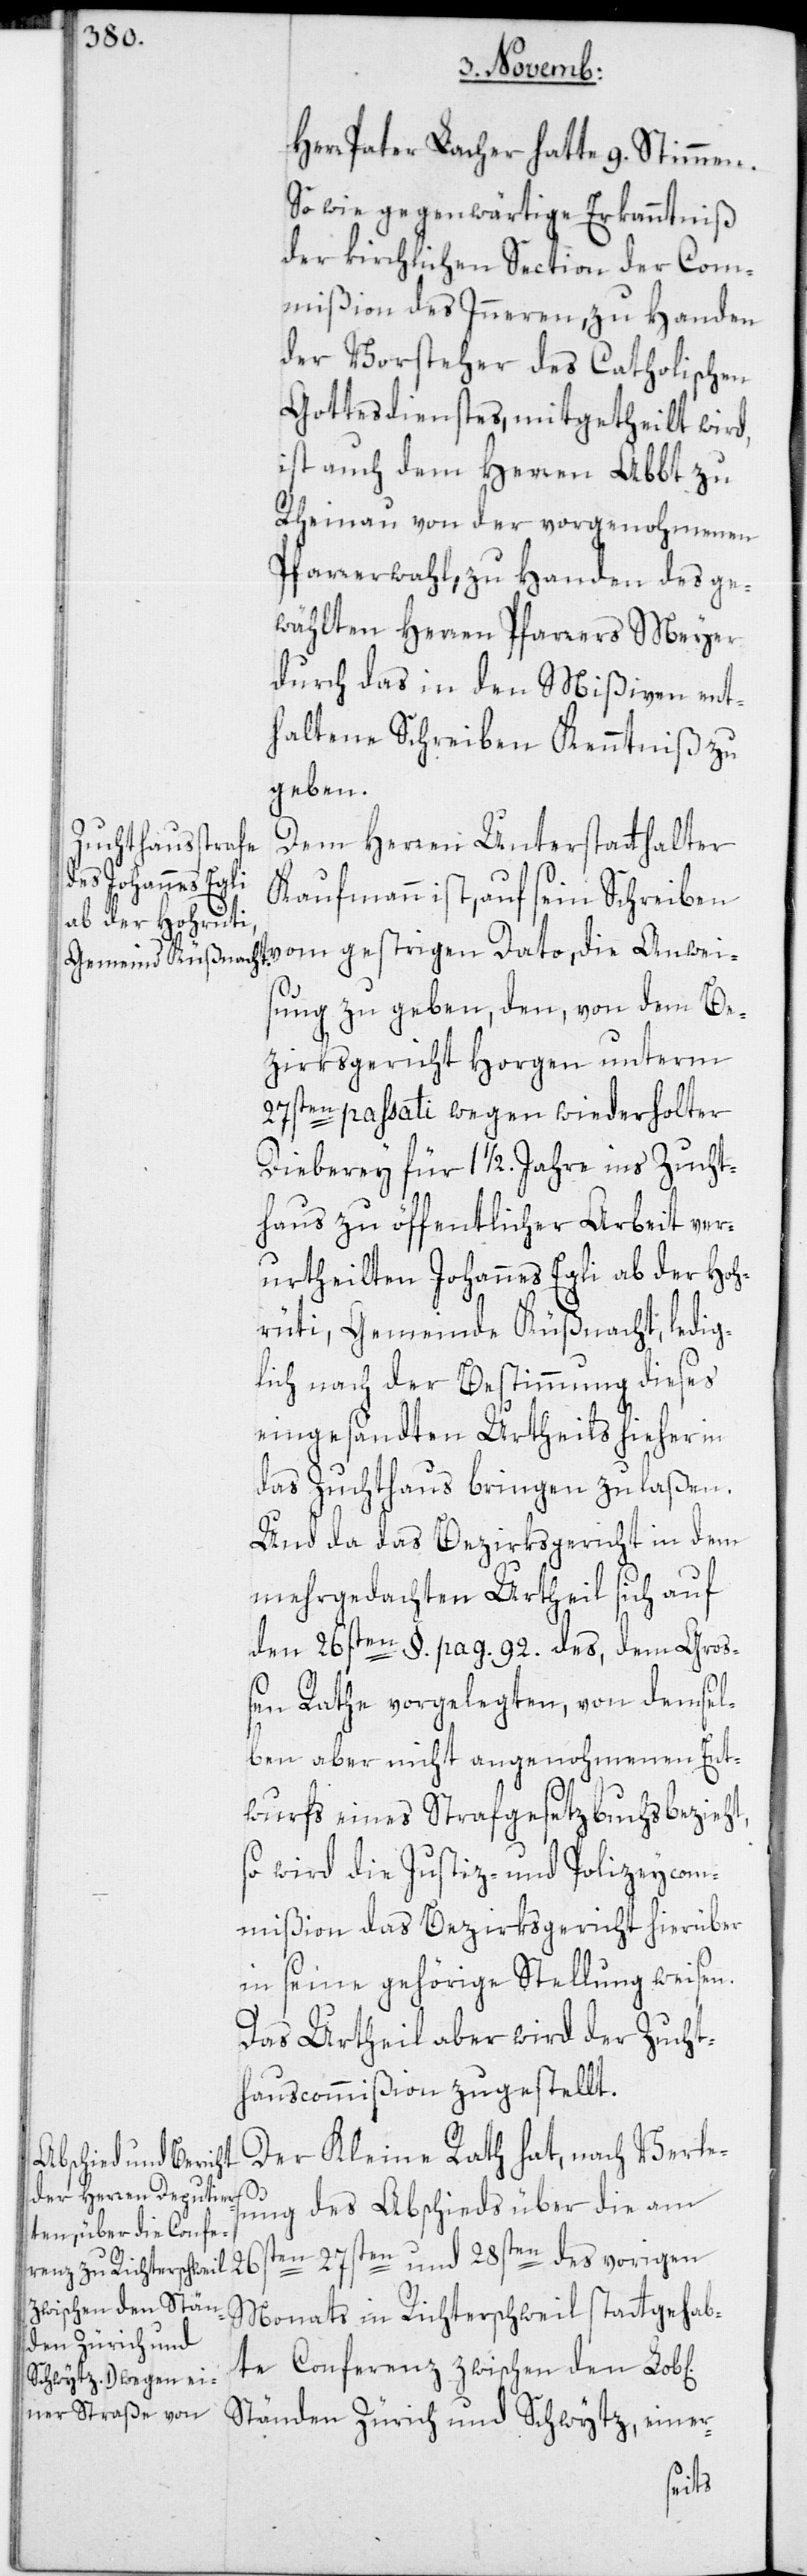
Herr Pater Lacher hatte 9. Stimmen.
So wie gegenwärtige Erkanntniß
der kirchlichen Section der Com¬
mißion des Inneren, zu Handen
der Vorsteher des Catholischen
Gottesdienstes, mitgetheilt wird,
ist auch dem Herren Abbt zu
Rheinau von der vorgenohmenen
Pfarrerwahl, zu Handen des ge¬
wählten Herren Pfarrers Meyer
durch das in den Mißiven ent¬
haltene Schreiben Kenntniß zu
geben.
Dem Herren Unterstatthalter
Kaufmann ist, auf sein Schreiben
vom gestrigen Dato, die Anweis¬
ung zu geben, den, von dem Be¬
zirksgericht Horgen unterm
ichen]
26s¬
ten passati wegen wiederholter
Dieberey für 1 1/2. Jahre ins Zucht¬
haus zu öffentlicher Arbeit ver¬
urtheilten Johannes Egli ab der Hoh¬
rüti, Gemeinde Küßnacht, ledig¬
lich nach der Bestimmung dieses
eingesandten Urtheils hieher in
das Zuchthaus bringen zu laßen.
Und da das Bezirksgericht in dem
mehrgedachten Urtheil sich auf
den 26sten §. pag. 92. des, dem Groß¬
en Rathe vorgelegten, von demsel¬
ben aber nicht angenohmenen Ent¬
wurfs eines Strafgesetzbuchs bezieht,
so wird die Justiz- und Polizeycom¬
mißion das Bezirksgericht hierüber
in seine gehörige Stellung weisen.
Das Urtheil aber wird der Zucht¬
hauscommißion zugestellt.
Der Kleine Rath hat, nach Verle¬
ung des Abschieds über die am
ten[,] 27sten und 28sten des vorigen
Monats in Richterschweil stattgehab¬
te Conferenz zwischen den Lob[l¬
Ständen Zürich und Schwytz, einer-